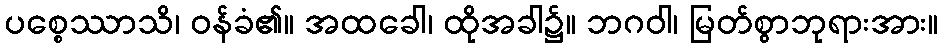
ပစ္စေဿာသိ၊ ဝန်ခံ၏။ အထခေါ၊ ထိုအခါ၌။ ဘဂဝါ၊ မြတ်စွာဘုရားအား။